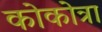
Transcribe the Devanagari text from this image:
कोकोत्रा